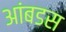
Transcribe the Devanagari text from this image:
आंबडस